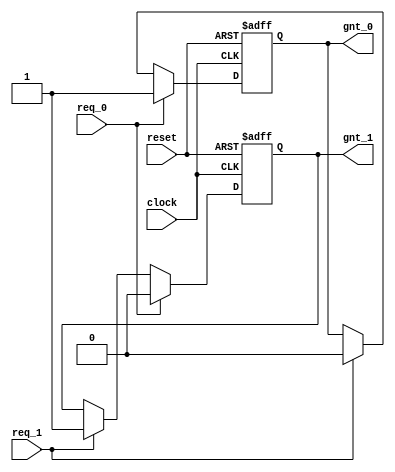
module arbiter (
clock, 
reset, 
req_0,
req_1, 
gnt_0,
gnt_1
);

input clock, reset, req_0, req_1;
output gnt_0, gnt_1;

reg gnt_0, gnt_1;

always @ (posedge clock or posedge reset)
if (reset) begin
 gnt_0 <= 0;
 gnt_1 <= 0;
end else if (req_0) begin
  gnt_0 <= 1;
  gnt_1 <= 0;
end else if (req_1) begin
  gnt_0 <= 0;
  gnt_1 <= 1;
end

endmodule
// Testbench Code Goes here
module arbiter_tb;

reg clock, reset, req0,req1;
wire gnt0,gnt1;

initial begin
  $monitor ("req0=%b,req1=%b,gnt0=%b,gnt1=%b", req0,req1,gnt0,gnt1);
  clock = 0;
  reset = 0;
  req0 = 0;
  req1 = 0;
  #5 reset = 1;
  #15 reset = 0;
  #10 req0 = 1;
  #10 req0 = 0;
  #10 req1 = 1;
  #10 req1 = 0;
  #10 {req0,req1} = 2'b11;
  #10 {req0,req1} = 2'b00;
  #10 $finish;
end

always begin
 #5 clock = !clock;
end

arbiter U0 (
.clock (clock),
.reset (reset),
.req_0 (req0),
.req_1 (req1),
.gnt_0 (gnt0),
.gnt_1 (gnt1)
);

endmodule